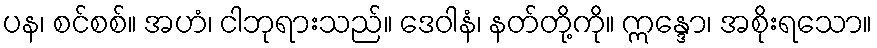
ပန၊ စင်စစ်။ အဟံ၊ ငါဘုရားသည်။ ဒေဝါနံ၊ နတ်တို့ကို။ ဣန္ဒော၊ အစိုးရသော။